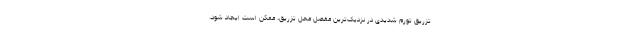
تزریق تورم شدیدی در نزدیک‌ترین مفصل محل تزریق، ممکن است ایجاد شود،